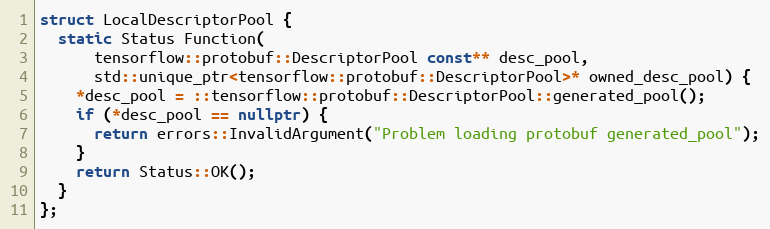
Language: C++
struct LocalDescriptorPool {
  static Status Function(
      tensorflow::protobuf::DescriptorPool const** desc_pool,
      std::unique_ptr<tensorflow::protobuf::DescriptorPool>* owned_desc_pool) {
    *desc_pool = ::tensorflow::protobuf::DescriptorPool::generated_pool();
    if (*desc_pool == nullptr) {
      return errors::InvalidArgument("Problem loading protobuf generated_pool");
    }
    return Status::OK();
  }
};